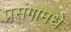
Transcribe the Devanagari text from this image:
प्रसंगामधे